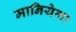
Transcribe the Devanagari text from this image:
मानियेगा